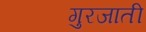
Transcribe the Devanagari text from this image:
गुरजाती